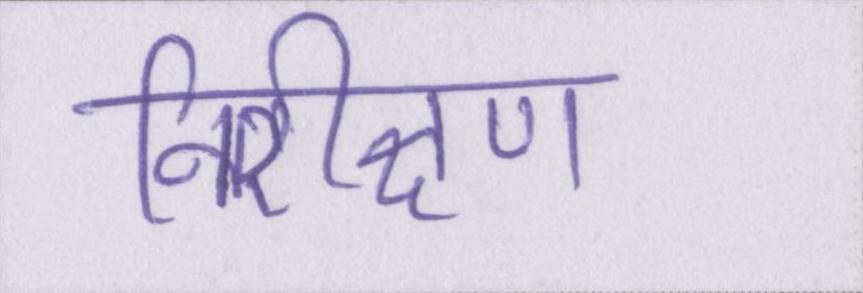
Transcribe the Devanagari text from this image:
निरीक्षण